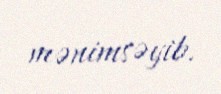
mənimsəyib.